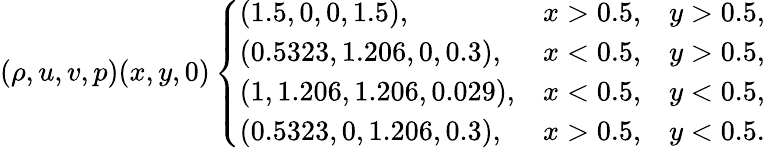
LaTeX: (\rho,u,v,p)(x,y,0)\left\{ \begin{array}{lll}{\left(1.5,0,0,1.5\right),}&{x>0.5,}&{y>0.5,}\\ {\left(0.5323,1.206,0,0.3\right),}&{x<0.5,}&{y>0.5,}\\ {\left(1,1.206,1.206,0.029\right),}&{x<0.5,}&{y<0.5,}\\ {\left(0.5323,0,1.206,0.3\right),}&{x>0.5,}&{y<0.5.}\end{array}\right.